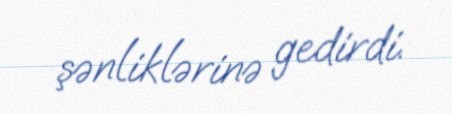
şənliklərinə gedirdi.